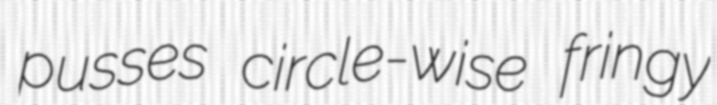
pusses circle-wise fringy